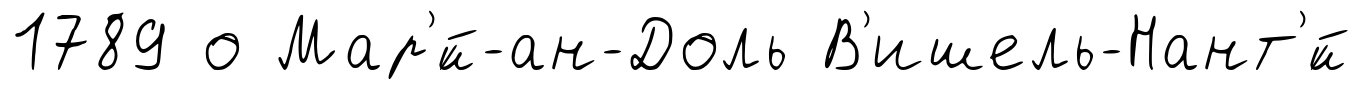
1789 о Мар'́й-ан-Доль В'ишель-Нант'́й